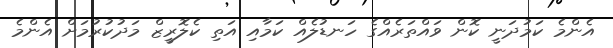
އެންމެ ކަމުދަނީ ކޮން ވައްތަރެއްގެ ހަނޑުލެއް ކަމާއި އަތި ކެލޮރީޒް މަދުކުރުމަށް އެންމެ